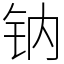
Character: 钠